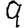
Digit: 9